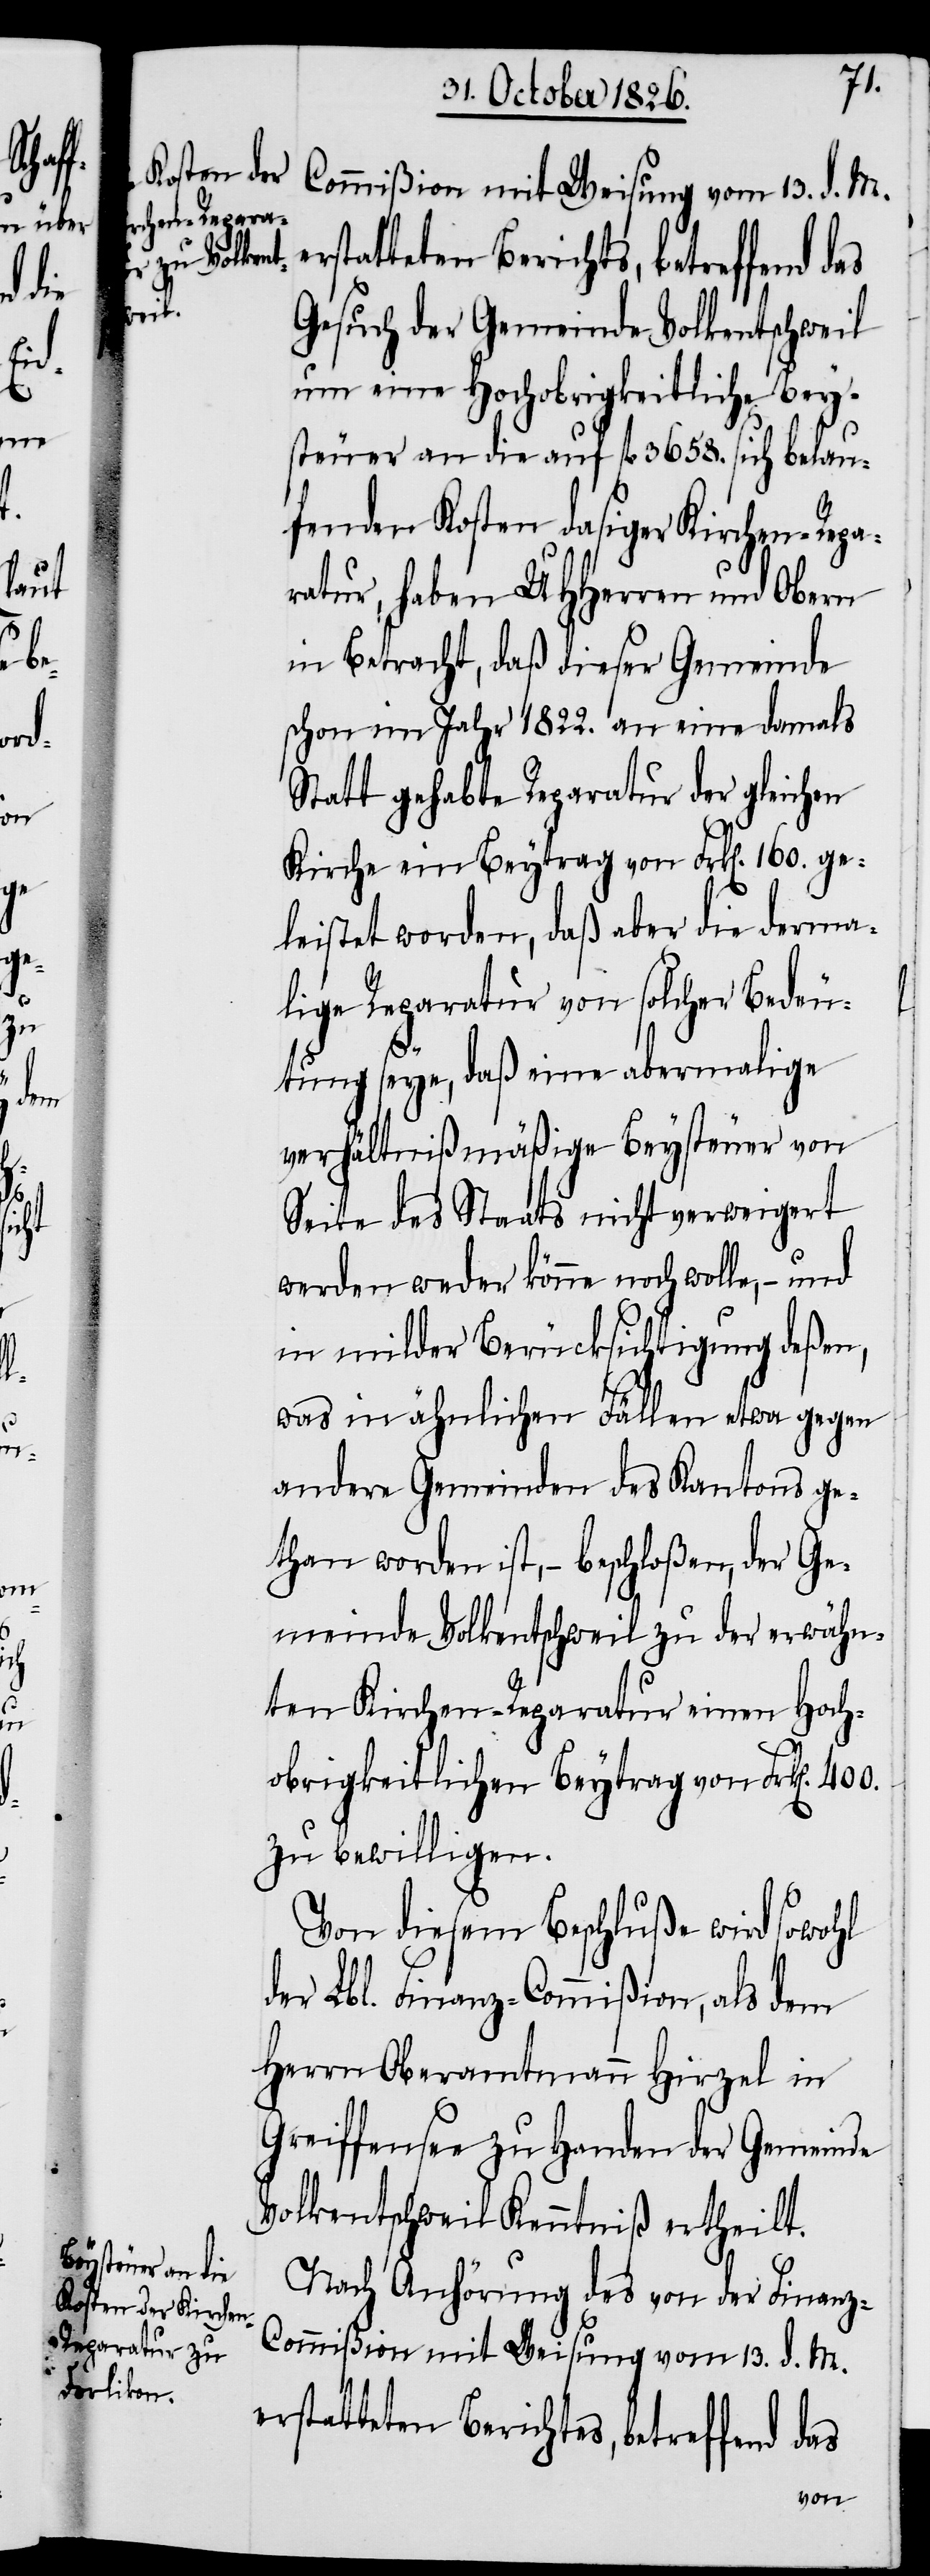
das
ers¬

tatteten Berichtes, betreffend
Gesuch der Gemeinde Volkentschweil
um eine Hochobrigkeitliche Bey¬
steuer an die auf fl. 3658. sich belau¬
fenden Kosten dasiger Kirchen-Repa¬
ratur, haben UHHerren und Obern
in Betracht, daß dieser Gemeinde
schon im Jahr 1822. an eine damals
Statt gehabte Reparatur der gleichen
Kirche ein Beytrag von Frk[en]. 160. ge¬
leistet worden, daß aber die derma¬
lige Reparatur von solcher Bedeu¬
tung seye, daß eine abermalige
verhältnißmäßige Beysteuer von
Seite des Staats nicht verweigert
werden weder könne noch wolle, – und
in milder Berücksichtigung deßen,
was in ähnlichen Fällen etwa gegen
andere Gemeinden des Kantons ge¬
than worden ist, – beschloßen, der Ge¬
meinde Volkentschweil zu der erwähn¬
ten Kirchen-Reparatur einen Hoch¬
obrigkeitlichen Beytrag von Frk[en].
zu bewilligen.
Von diesem Beschluße wird sowohl
der Lbl. Finanz-Commißion, als dem
Herrn Oberamtmann Hirzel in
Greiffensee zu Handen der Gemeinde
Volkentschweil Kenntniß ertheilt.
Nach Anhörung des von der Finan¬
z-Commißion mit Weisung vom 13. d. M.
erstatteten Berichts, betreffend das